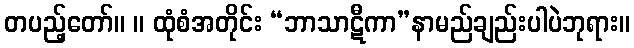
တပည့်တော်။ ။ ထုံစံအတိုင်း “ဘာသာဋီကာ”နာမည်ချည်းပါပဲဘုရား။